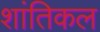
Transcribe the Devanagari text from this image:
शांतिकल